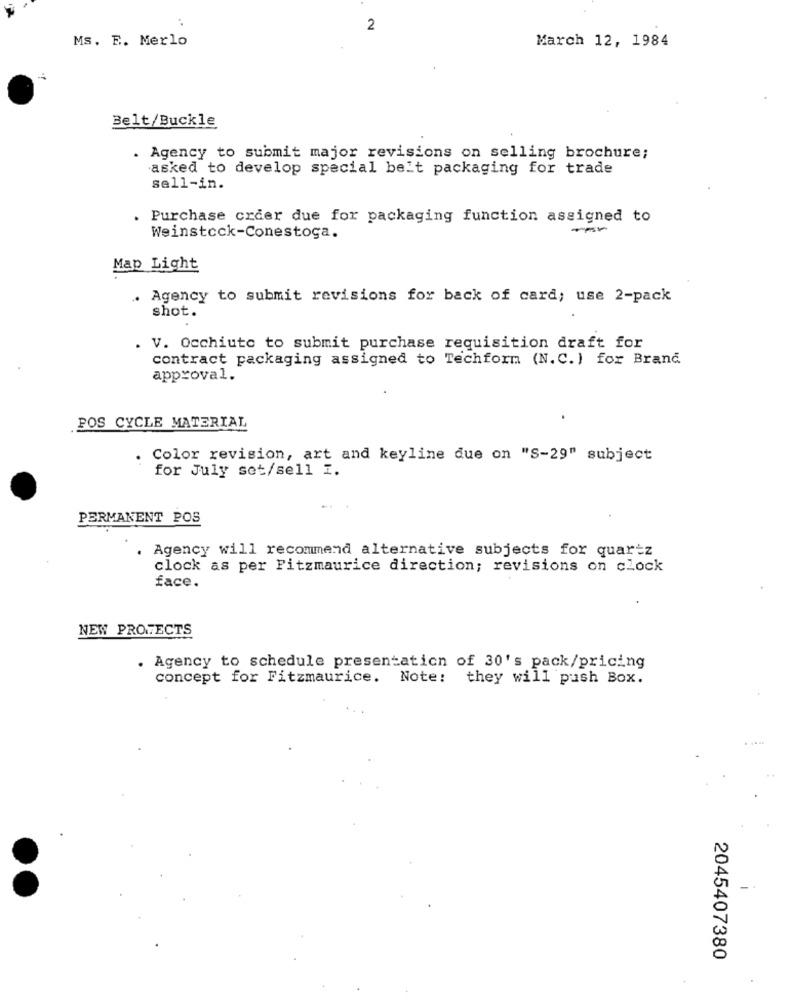
2
Ms. E. Merlo
March 12, 1984
Belt/Buckle
. Agency to submit major revisions on selling brochure;
asked to develop special belt packaging for trade
sell-in.
. Purchase order due for packaging function assigned to
-*
Weinstock-Conestoga.
Map Light
.. Agency to submit revisions for back of card; use 2-pack
shot.
. V. Occhiuto to submit purchase requisition draft for
contract packaging assigned to Techform (N.C.) for Brand
approval.
POS CYCLE MATERIAL
. Color revision, art and keyline due on "S-29" subject
for July set/sell I.
PERMANENT POS
. Agency will recommend alternative subjects for quartz
clock as per Fitzmaurice direction; revisions on clock
face.
NEW PROTECTS
. Agency to schedule presentation of 30's pack/pricing
concept for Fitzmaurice. Note: they will push Box.
-
2045407380